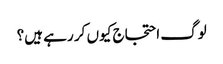
لوگ احتجاج کیوں کر رہے ہیں؟